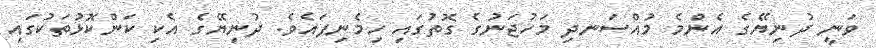
ވަނީ ދުނިޔޭގެ އެންމެ މުއްސަނދި މަހުޖަނުގެ ގޮތުގައި ހިމެނިފައެވެ. ދުނިޔޭގެ އެކި ކަންކޮޅުތަކުގައި